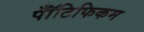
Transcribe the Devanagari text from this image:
पॉँटिफिकम